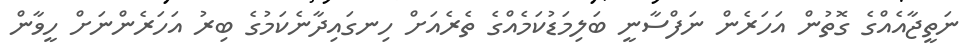
ނަތީޖާއެއްގެ ގޮތުން އަހަރެން ނަފްސާނީ ބަލިމަޑުކަމެއްގެ ތެރެއަށް ހިނގައިދާނެކަމުގެ ބިރު އަހަރެންނަށް ހީވާން